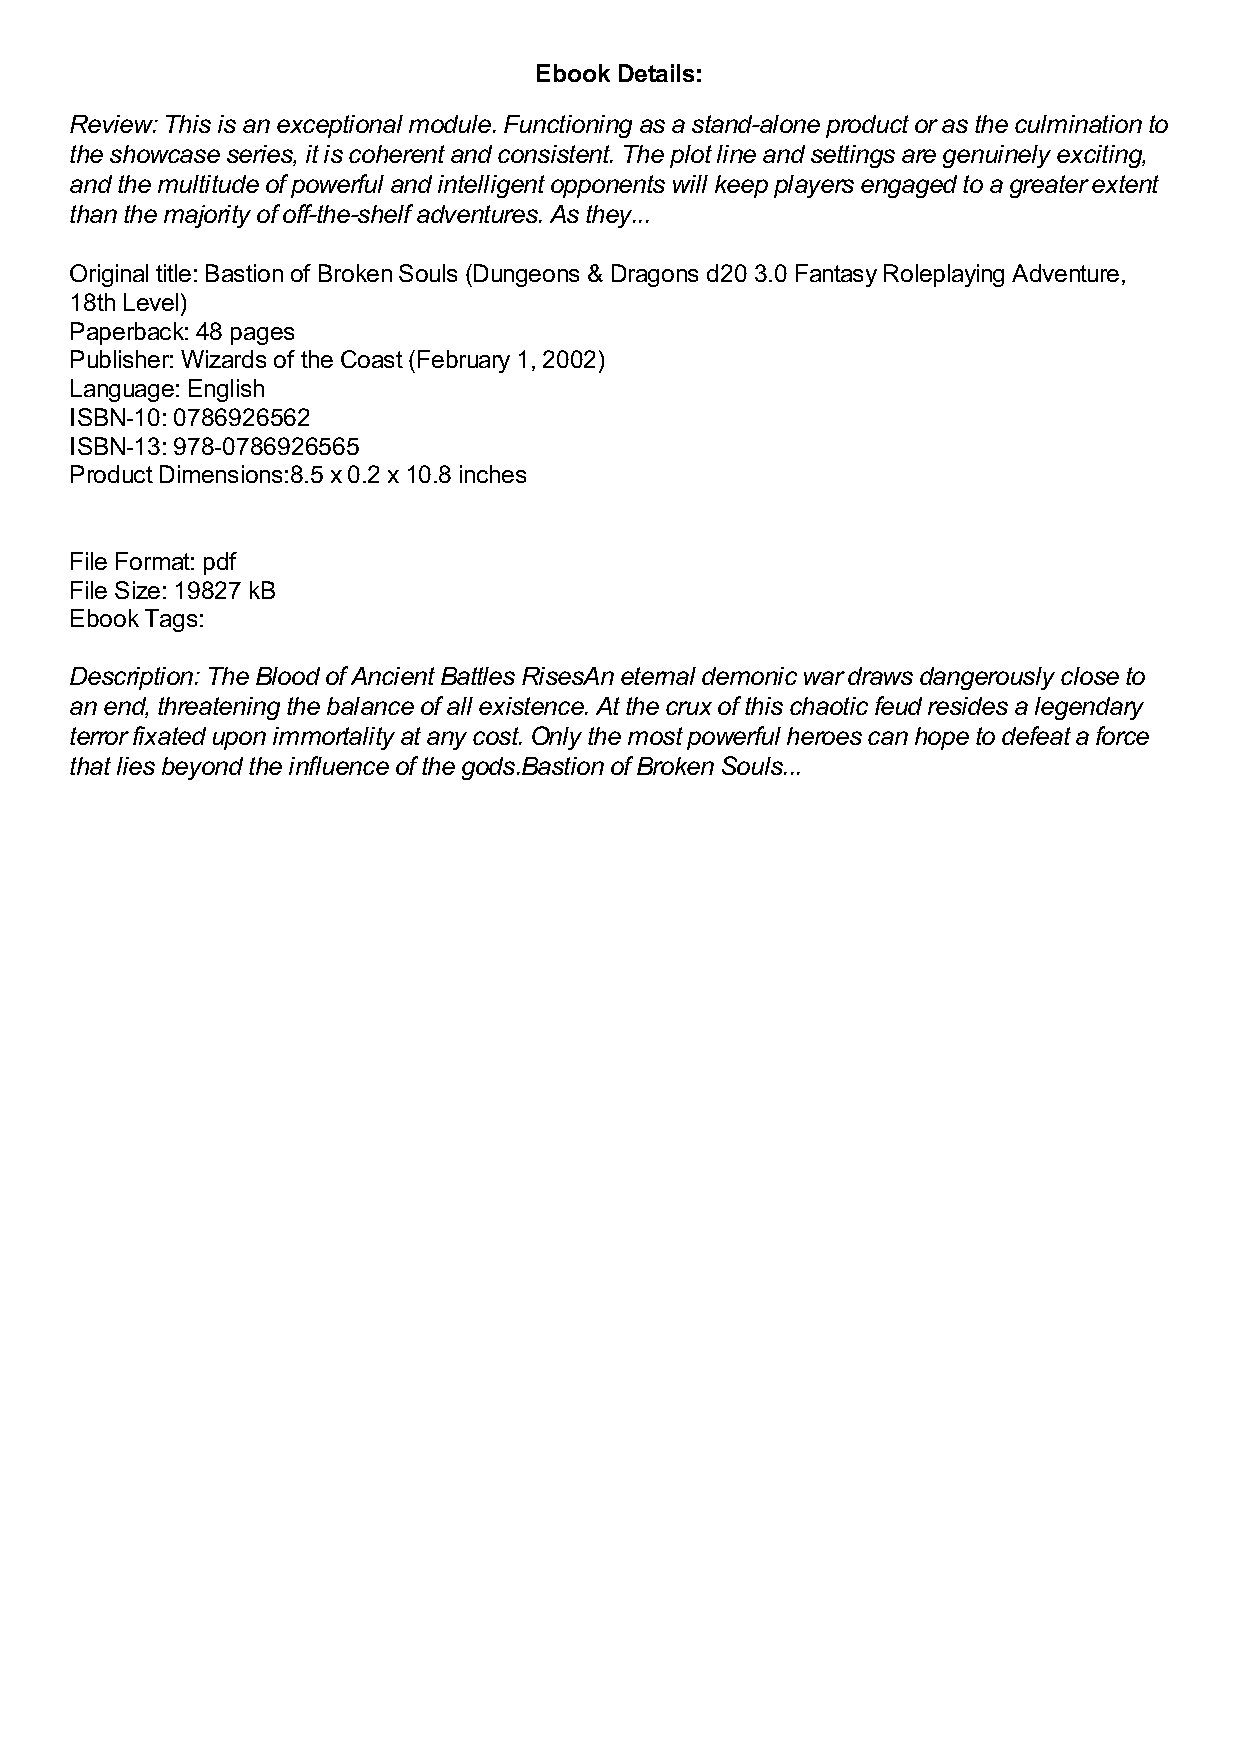
Ebook Details:
 Review: This is an exceptional module. Functioning as a stand-alone product or as the culmination to
 the showcase series, it is coherent and consistent. The plot line and settings are genuinely exciting,
 and the multitude of powerful and intelligent opponents will keep players engaged to a greater extent
 than the majority of off-the-shelf adventures. As they...
 Original title: Bastion of Broken Souls (Dungeons & Dragons d20 3.0 Fantasy Roleplaying Adventure,
 18th Level)
 Paperback: 48 pages
 Publisher: Wizards of the Coast (February 1, 2002)
 Language: English
 ISBN-10: 0786926562
 ISBN-13: 978-0786926565
 Product Dimensions:8.5 x 0.2 x 10.8 inches
 File Format: pdf
 File Size: 19827 kB
 Ebook Tags:
 Description: The Blood of Ancient Battles RisesAn eternal demonic war draws dangerously close to
 an end, threatening the balance of all existence. At the crux of this chaotic feud resides a legendary
 terror fixated upon immortality at any cost. Only the most powerful heroes can hope to defeat a force
 that lies beyond the influence of the gods.Bastion of Broken Souls...